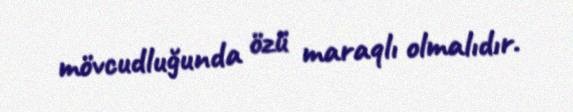
mövcudluğunda özü maraqlı olmalıdır.